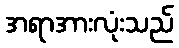
အရာအားလုံးသည်